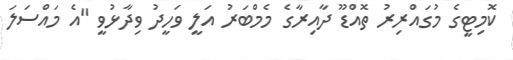
ކޮމިޓީގެ މުގައްރިރު ތޮއްޑޫ ދާއިރާގެ މެމްބަރު އަލީ ވަހީދު ވިދާޅުވީ "އެ މައްސަލަ